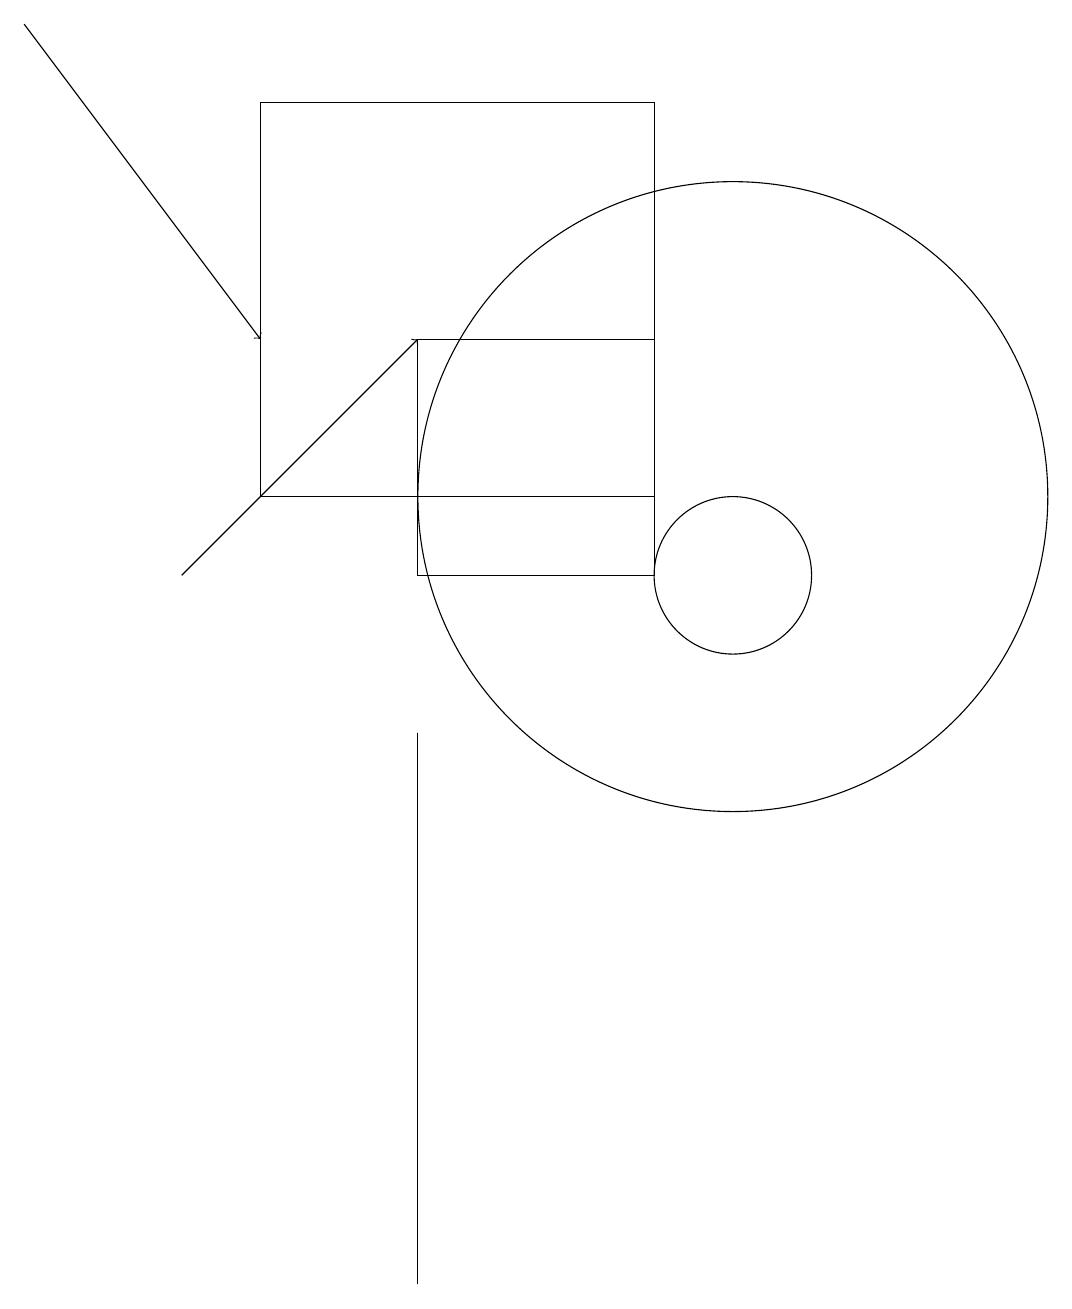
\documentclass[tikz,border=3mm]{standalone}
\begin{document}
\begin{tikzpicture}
\draw (10,10) circle (1);
\draw (6,1) -- (6,7) -- (6,8) -- cycle;
\draw (9,11) rectangle (4,16);
\draw (6,10) rectangle (9,13);
\draw[->] (3,10) -- (6,13);
\draw (10,11) circle (4);
\draw[->] (1,17) -- (4,13);
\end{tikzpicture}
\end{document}